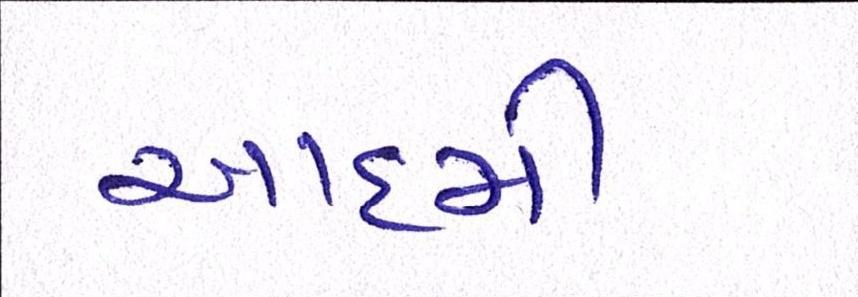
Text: આદમી